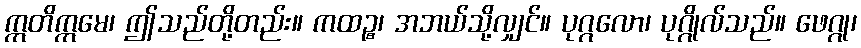
ဣတိဣမေ၊ ဤသည်တို့တည်း။ ကထဉ္စ၊ အဘယ်သို့လျှင်။ ပုဂ္ဂလော၊ ပုဂ္ဂိုလ်သည်။ ဖေဂ္ဂု၊